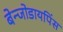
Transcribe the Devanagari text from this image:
बेन्जोडायपिंस